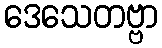
ဒေသေတဗ္ဗာ